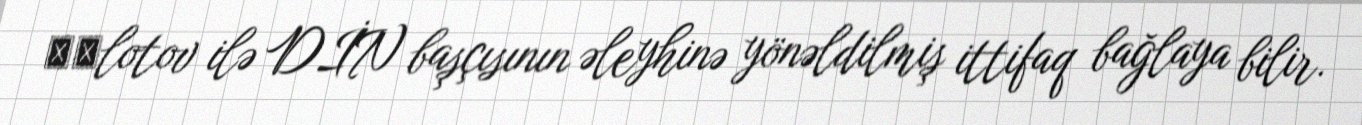
Моlotov ilə DİN başçısının əleyhinə yönəldilmiş ittifaq bağlaya bilir.